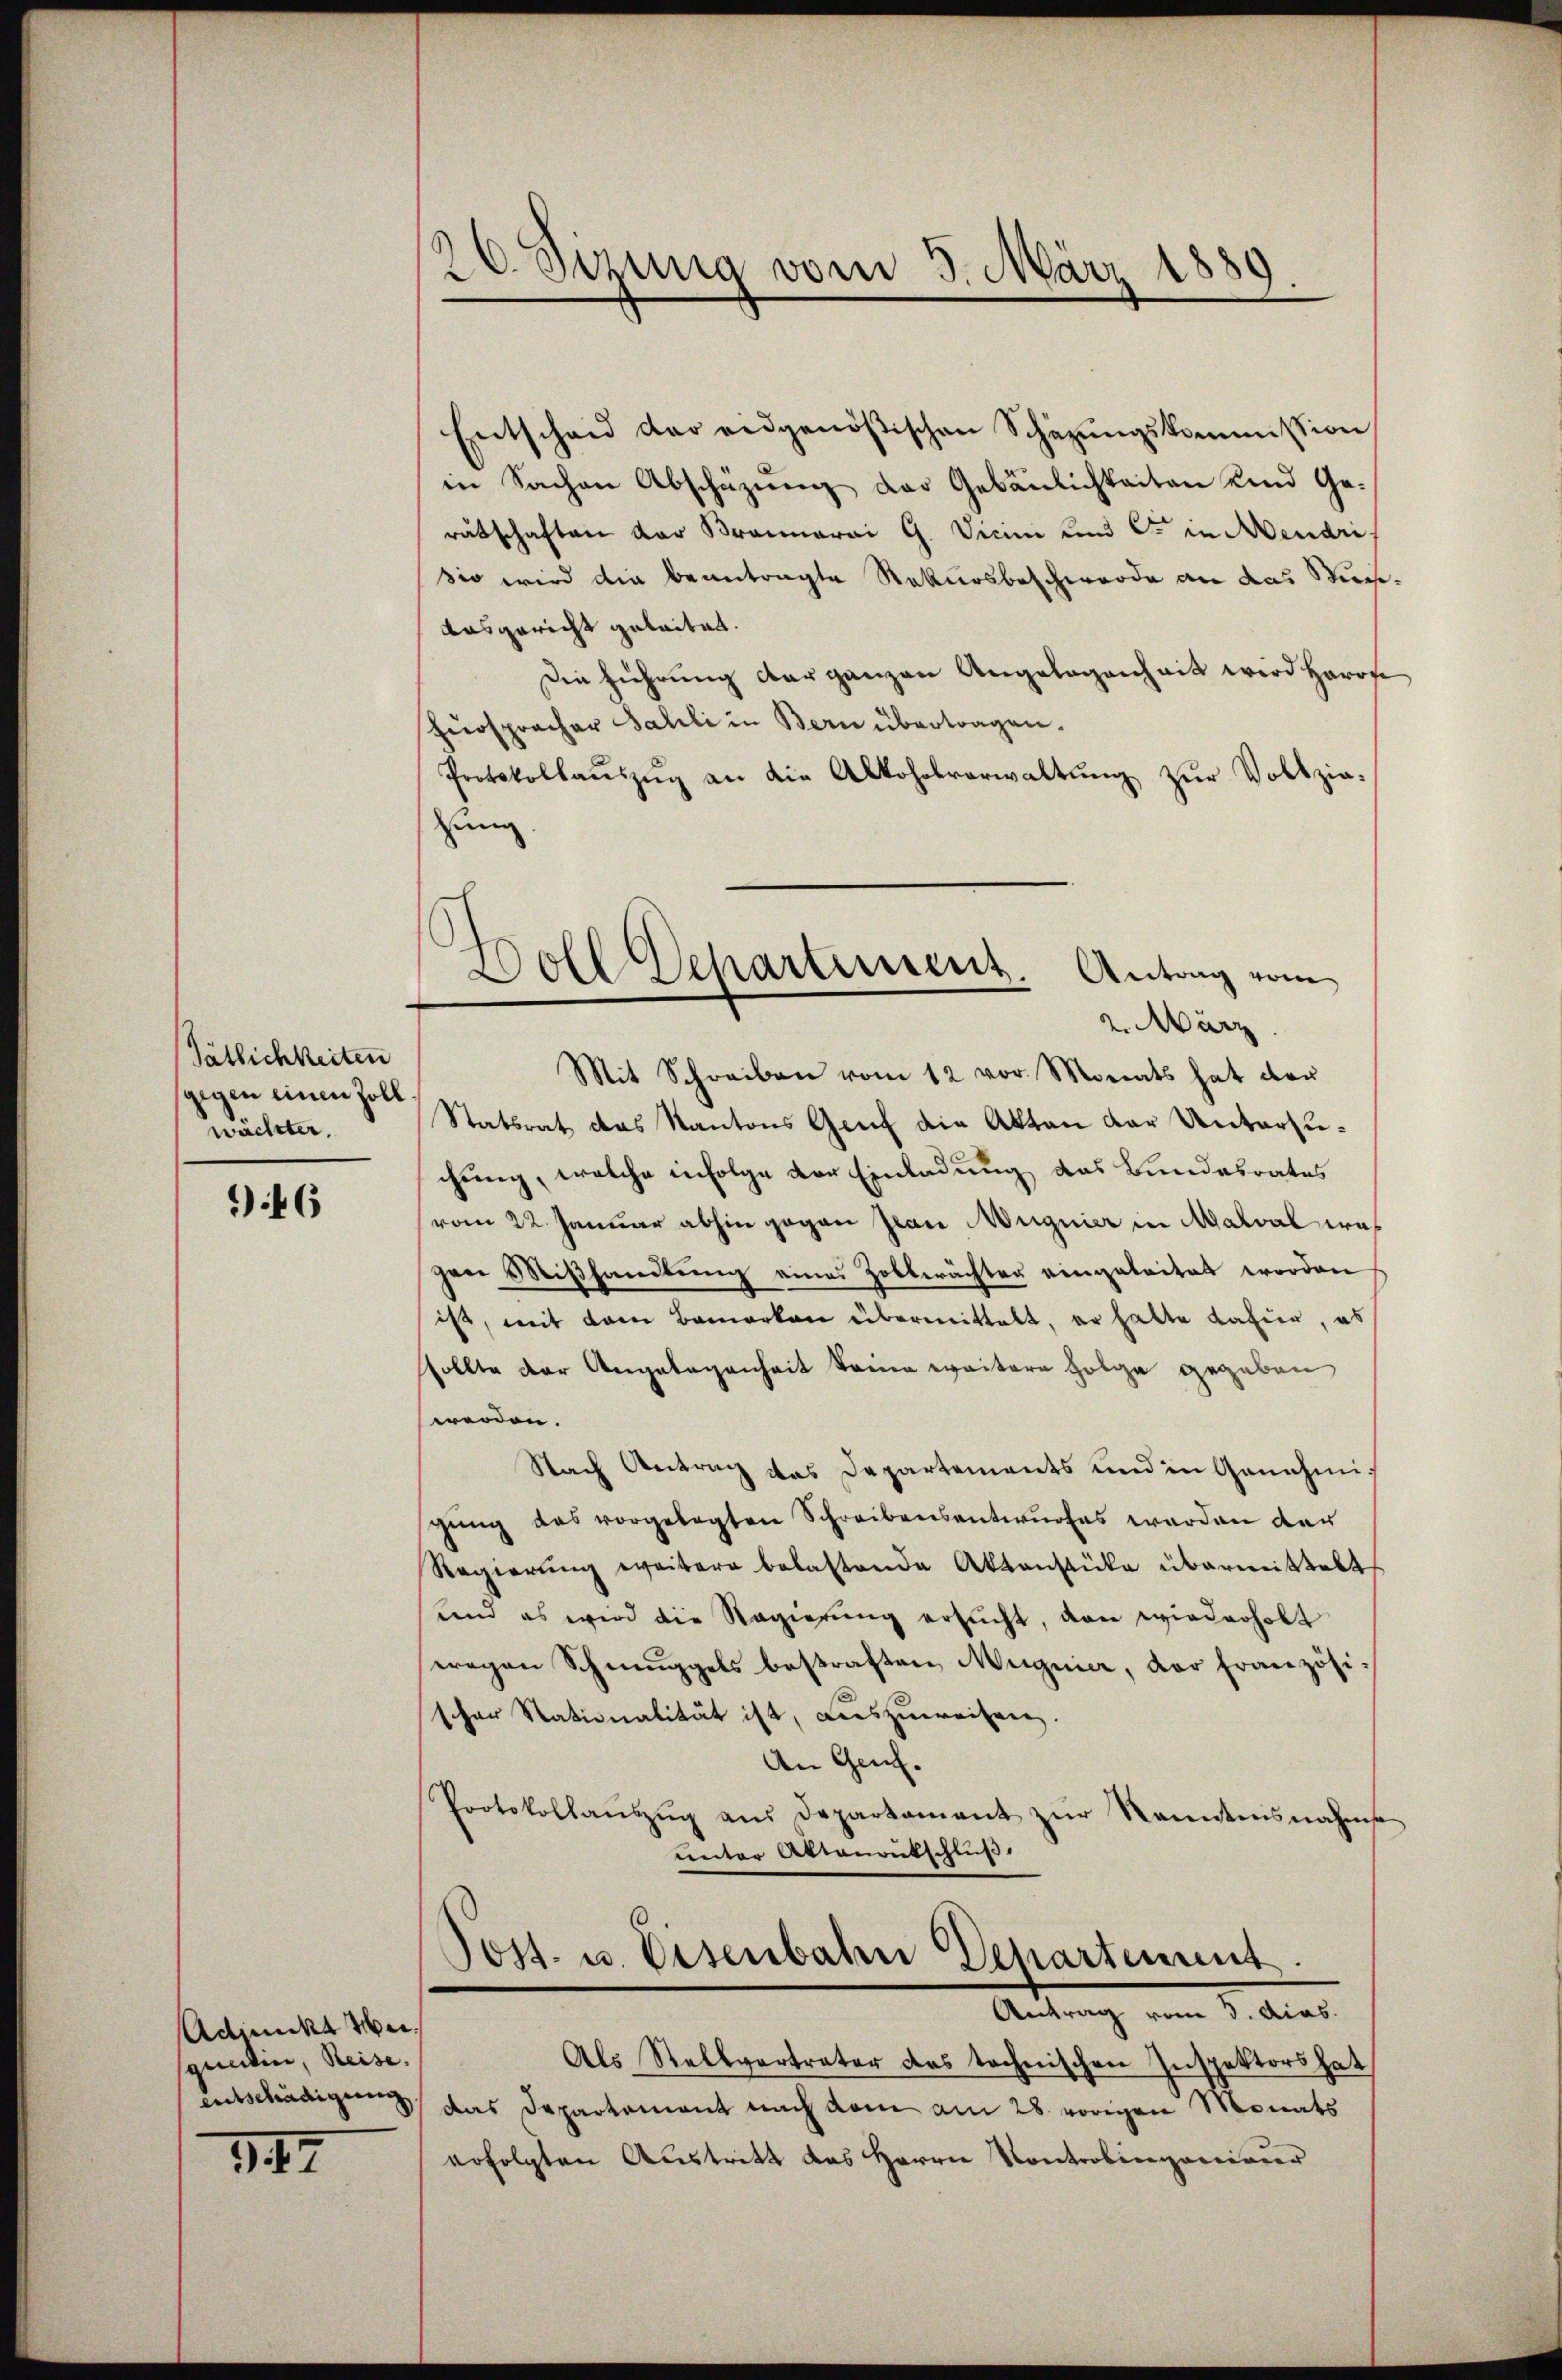
ätlichkeiten
gegen einen Zoll
wachster,
46

Adimina Meiqueiden, Reise.
entschädigung

147

26. Sizina vom 5. März 1889
e

Soll Dehartement. Antrag vom
2. März

Entschaid der eidgenößischen Schäzŭngskommission
in Sachen Abschazung der Gebäulichkeiten und Ge-
rätschaften der Braunarai G. Vicini und C. in Mendri
sio wird die beantragte Rekursbeschwerde an das Stunausgericht geleitet.
Die führung der ganzen Angelegenheit wird Herrs
Zürspracher Sahli in Bern übertragen.
Protokollaŭszŭg an die Alkoholverwaltŭng zur Vollziezung
Mit Schreiben vom 12 vor. Monats hat der
Statsrat das Kantons Genf die Akten der Untersuchung, welche infolge der Einladung das Bundesrates
vom 22. Januar abhin gegen Jean Magnier in Malval wagen Mißhandlung eines Zobberächter eingeleitet worden
ist, mit dem Bemerken übermittelt, er hatte dafür, es
sollte der Angelegenheit seiner weitere Folge gegeben
werden.
Nach Antrag das Departements und in Genehmigŭng das vorgelegten Schreibensentwurfes werden der
Regierŭng weitere belastende Aktenstücke übermittelt
und es wird die Regierŭng ersŭcht, von wiederholt
wegen Schmuggels bestraften Magnier, der französischer Stationalität ist, auszuweisen.
An Genf.
Protokollaŭszŭg aŭs Departament zŭr Kenntnisnahmse
unter Aktenrutschlŭβ
Post. u. Eisenbahn Departement.

Antrag vom 3. Mias.

Als Stellvertreter das technischen Inspektors hat
das Departement nach dem am 28. vorigen Monats
erfolgten Austritt das Herrn Kontrobingereivier